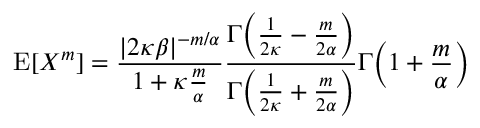
\operatorname { E } [ X ^ { m } ] = { \frac { | 2 \kappa \beta | ^ { - m / \alpha } } { 1 + \kappa { \frac { m } { \alpha } } } } { \frac { \Gamma { \Big ( } { \frac { 1 } { 2 \kappa } } - { \frac { m } { 2 \alpha } } { \Big ) } } { \Gamma { \Big ( } { \frac { 1 } { 2 \kappa } } + { \frac { m } { 2 \alpha } } { \Big ) } } } \Gamma { \Big ( } 1 + { \frac { m } { \alpha } } { \Big ) }